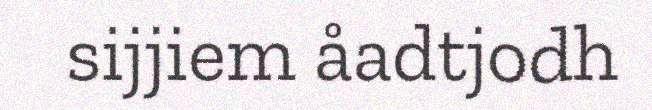
sijjiem åadtjodh